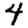
Digit: 4